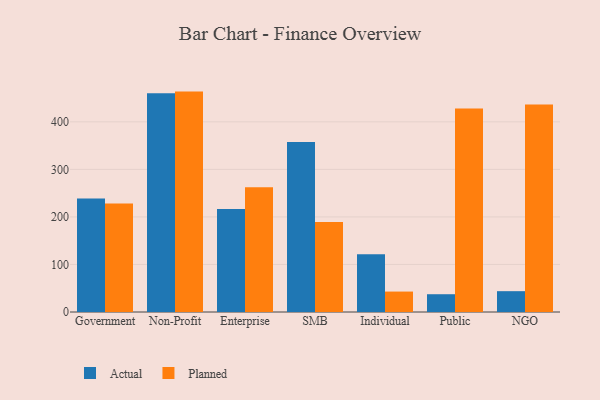
{"axis": {"x": "Segment", "y": "Active Users"}, "legend": ["Actual", "Planned"], "data": [{"x": "Government", "y": 239.0, "type": "Actual"}, {"x": "Government", "y": 228.2, "type": "Planned"}, {"x": "Non-Profit", "y": 460.2, "type": "Actual"}, {"x": "Non-Profit", "y": 463.6, "type": "Planned"}, {"x": "Enterprise", "y": 216.5, "type": "Actual"}, {"x": "Enterprise", "y": 262.5, "type": "Planned"}, {"x": "SMB", "y": 357.4, "type": "Actual"}, {"x": "SMB", "y": 189.1, "type": "Planned"}, {"x": "Individual", "y": 121.3, "type": "Actual"}, {"x": "Individual", "y": 43.0, "type": "Planned"}, {"x": "Public", "y": 37.4, "type": "Actual"}, {"x": "Public", "y": 428.2, "type": "Planned"}, {"x": "NGO", "y": 43.8, "type": "Actual"}, {"x": "NGO", "y": 436.6, "type": "Planned"}]}